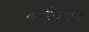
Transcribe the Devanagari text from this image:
मरिअम्मा